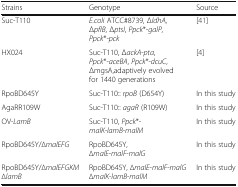
<table><thead><tr><td><b>Strains</b></td><td><b>Genotype</b></td><td><b>Source</b></td></tr></thead><tbody><tr><td>Suc-T110</td><td><i>E.coli</i> ATCC#8739, Δ<i>ldhA</i>, Δ<i>pflB</i>, Δ<i>ptsI</i>, <i>Ppck</i>*-<i>galP</i>, <i>Ppck</i>*-<i>pck</i></td><td>[41]</td></tr><tr><td>HX024</td><td>Suc-T110, Δ<i>ackA</i>-<i>pta</i>, <i>Ppck</i>*-<i>aceBA</i>, <i>Ppck</i>*-<i>dcuC</i>, <i>ΔmgsA</i>,adaptively evolved for 1440 generations</td><td>[4]</td></tr><tr><td>RpoBD645Y</td><td>Suc-T110:: <i>rpoB</i> (D654Y)</td><td>In this study</td></tr><tr><td>AgaRR109W</td><td>Suc-T110:: <i>agaR</i> (R109W)</td><td>In this study</td></tr><tr><td>OV-<i>LamB</i></td><td>Suc-T110, <i>Ppck</i>*- <i>malK</i>-<i>lamB</i>-<i>malM</i></td><td>In this study</td></tr><tr><td>RpoBD645Y/∆<i>malEFG</i></td><td>RpoBD645Y, ∆<i>malE</i>-<i>malF</i>-<i>malG</i></td><td>In this study</td></tr><tr><td>RpoBD645Y/∆<i>malEFGKM</i>∆<i>lamB</i></td><td>RpoBD645Y, ∆<i>malE</i>-<i>malF</i>-<i>malG</i> ∆<i>malK</i>-<i>lamB</i>-<i>malM</i></td><td>In this study</td></tr></tbody></table>